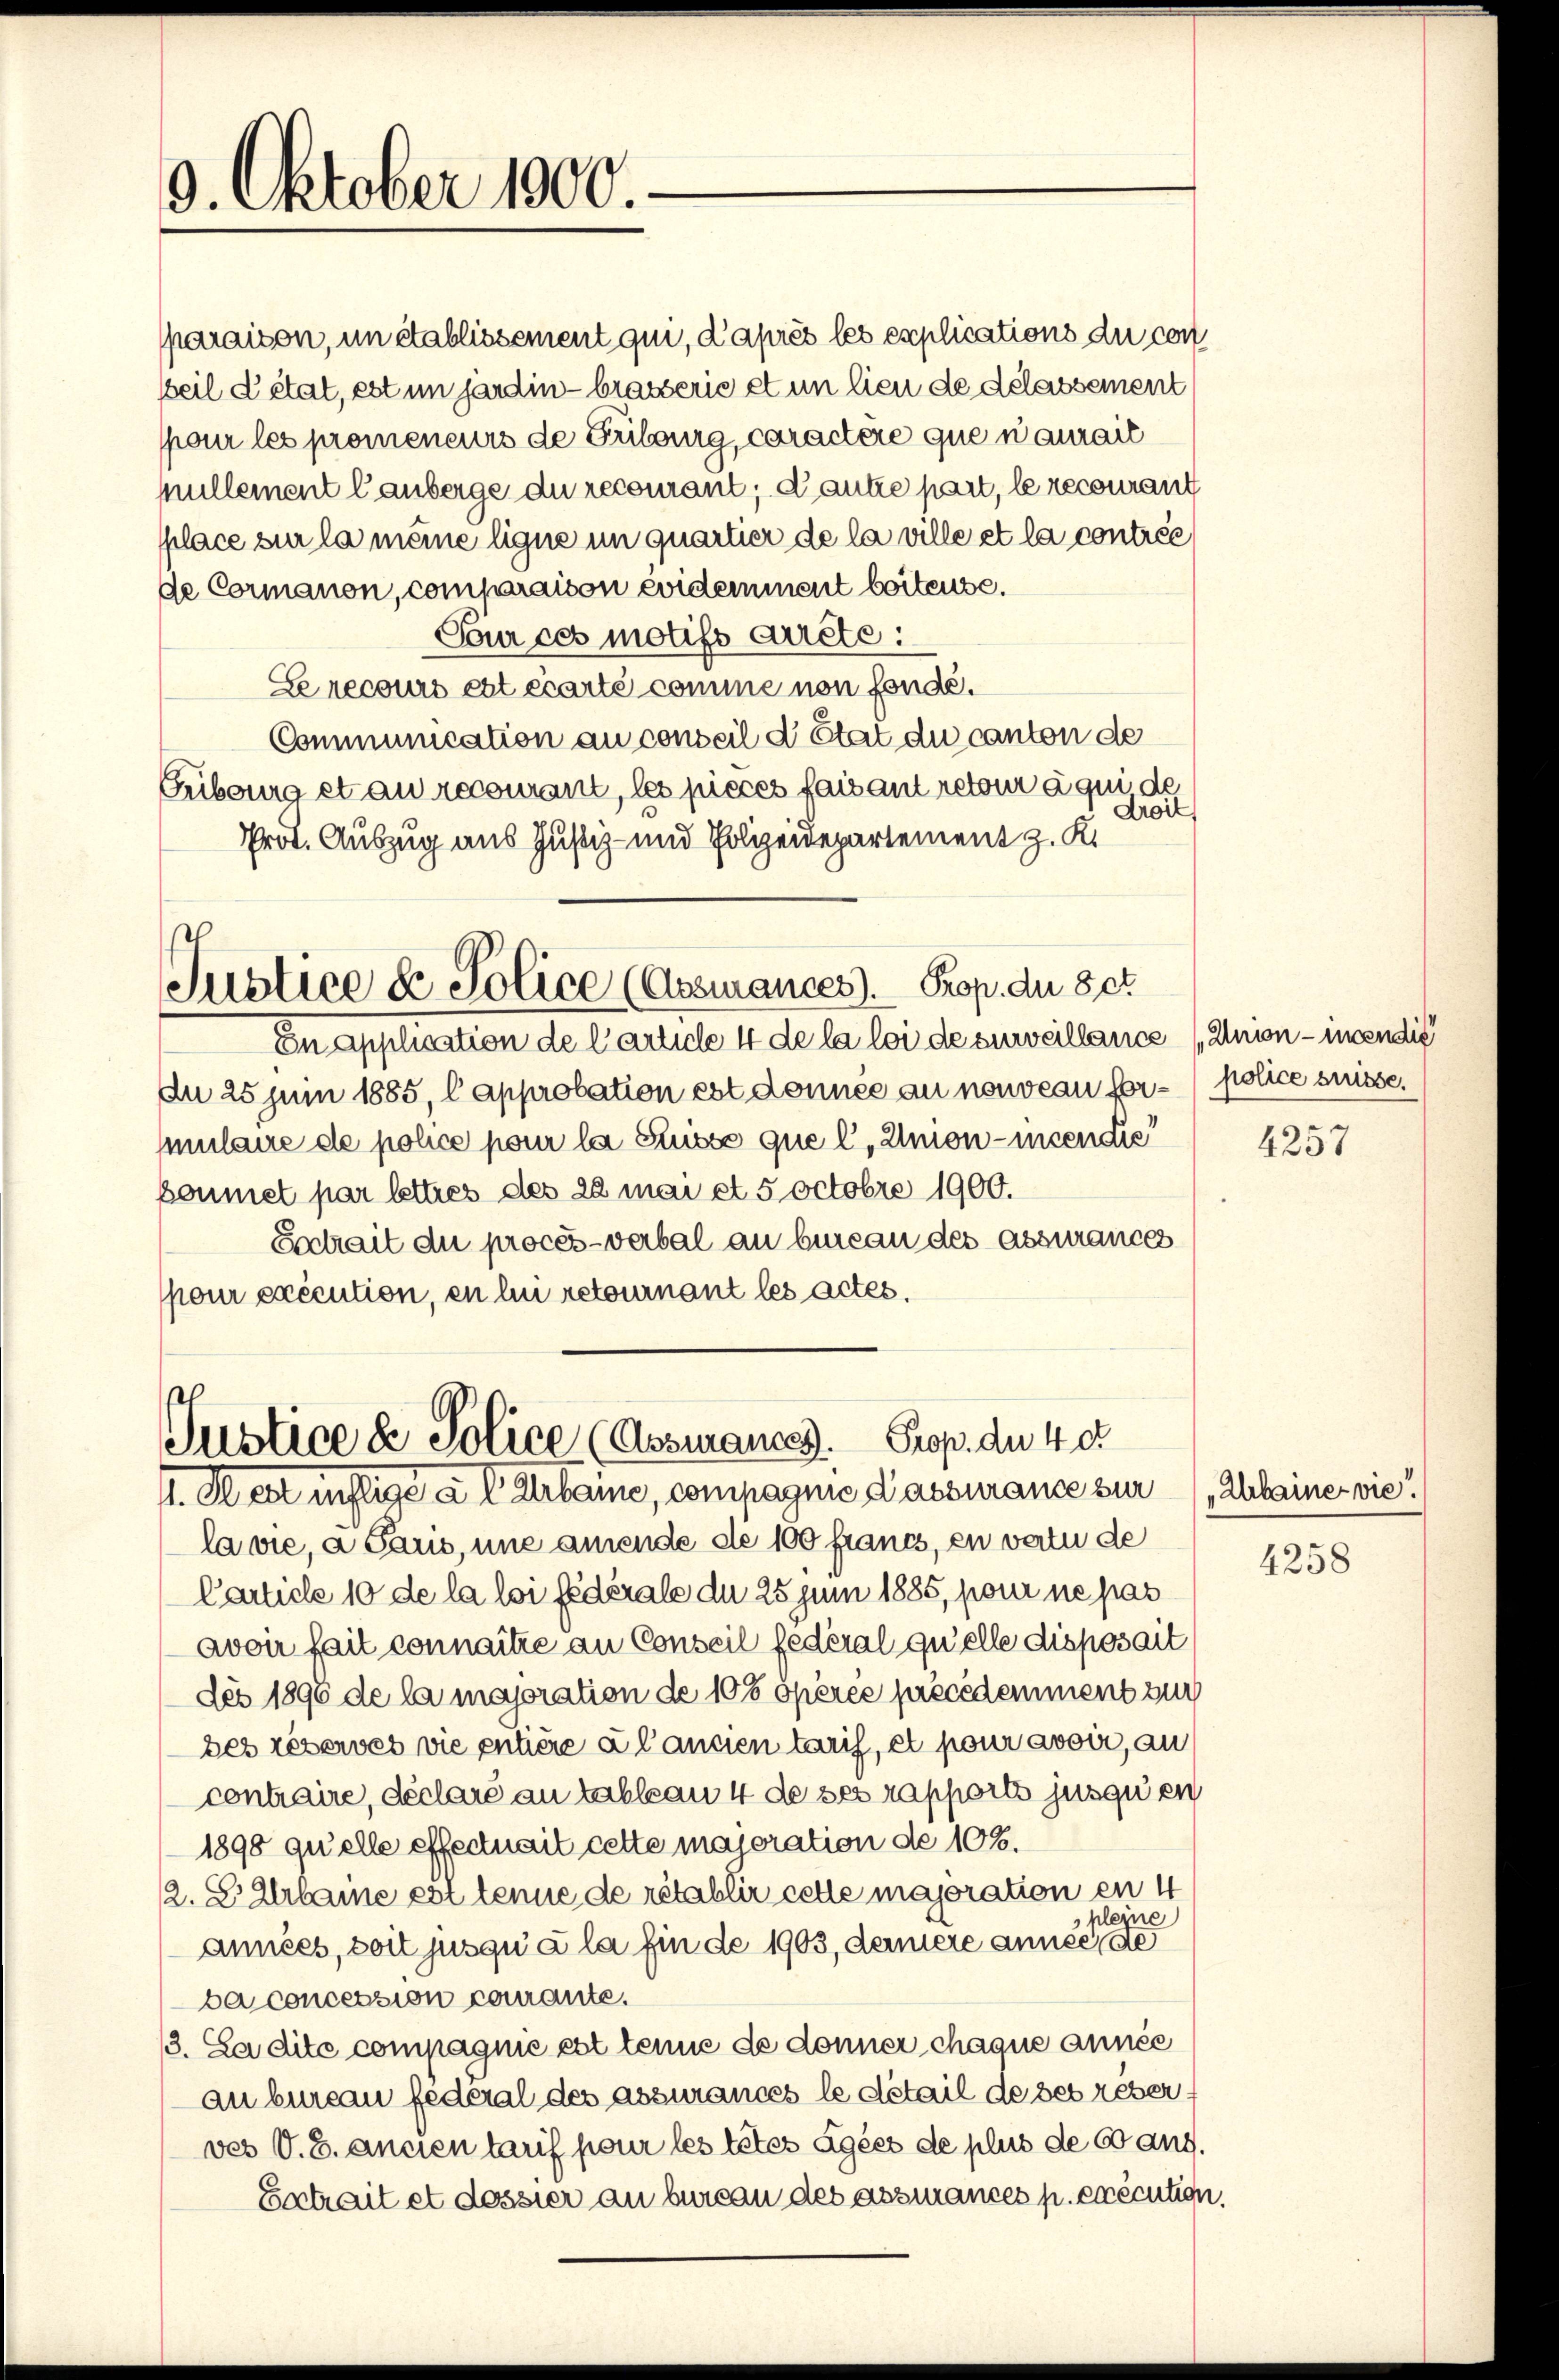
9. Oktober 1900

paraison, un établissement qui, d’après les explications du con
Beil d’état, est im jardin - brasserie et in lieu de delassement
pour les promeneurs de Fribourg, caractère que n’aurail
Mullement lanberge du recourant, d’autre part, le recourant
Place sur la meine ligne in quartier de la ville et la contrée
de Cormanon, comparaison evidemment beitense.
Sour ces motifs dicte:
Le recours est écarte comme non fonde.
Communication au conseil d’Etat du canton de
Gribourg et au recourant, les pieces faisant retour à qui de
Droit,
Prot. Auszug aus Justiz- und Polizeidepartement z. K.

Justice d. Police (Assurances). Prop. du set

En application de l’article 4 de la loi de surveillance (Union - inendis
An 25 Juni 1885, l approbation est donnée au nouveau for-police suisse.
ulaire de police pour la Suisse que l, Union - incendie
boumet par lettres des 22 mai et 5 Octobre 1900.
Sotrait du procès-verbal an bureau des assurances
pour exécution, en lui retournant les actes.

Justice de Police (Assuransch. Prop. du 4 d
I. Klett instige a l Irlaine, compagnie Passurance zur Kleine vie

la vie, a Saus, une amende de 100 francs, en vatu de
Carticle 10 de la loi fédérale du 25 Juni 1885, pour ne pas
avoir fait connaitre an Conseil fédéral qu’elle disposait
des 1890 de la majoration de 10% opérée précédemment such
bes réserves vie entière à l’ancien taris, et pour avoir, an
contraire, déclaré au tableaw 4 de ses rapports jusquen
1890 quelle effectuait cette majoration de 10%.
2. B. Zlrbaine est tenne de rétablir cette majoration en 4
pleine
années, soit jusqu’à la fin de 1903, dennere anner de
ba concession courante.
3. La dite compagnie est tenne de donner chaque année
au bureau federal des assurances le détail de ses reberves V. B. ancientarif pour les tetes âgées de plus de Gang.
Satrait et dossier an bureau des assurances p. exécution.

4257

4258